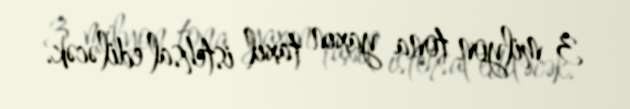
3 milyon tona yaxın taxıl istehsal ediləcək.